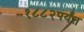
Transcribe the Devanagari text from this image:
१८८२पर्यंत